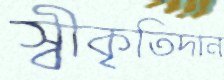
স্বীকৃতিদান